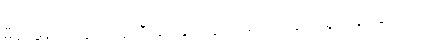
မီဇူး မွန်ပြည်နယ်ဝန်ကြီးချုပ်နှင့် သွားရမှာလဲ ဆောင်ရွက်နိုင်ခြင်းမရှိဘဲ